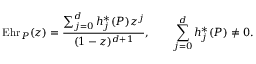
\operatorname { E h r } _ { P } ( z ) = { \frac { \sum _ { j = 0 } ^ { d } h _ { j } ^ { \ast } ( P ) z ^ { j } } { ( 1 - z ) ^ { d + 1 } } } , \qquad \sum _ { j = 0 } ^ { d } h _ { j } ^ { \ast } ( P ) \neq 0 .